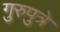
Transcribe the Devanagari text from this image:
गुरुपुत्रे